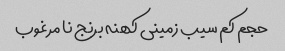
حجم کم سیب زمینی کهنه برنج نا مرغوب